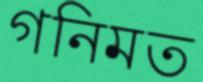
গনিমত